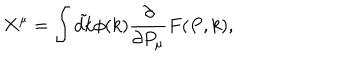
LaTeX: X ^ { \mu } = \int \tilde { d k } \phi ( k ) { \frac { \partial } { { \partial P _ { \mu } } } } F ( P , k ) ,